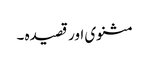
مثنوی اور قصیدہ ۔